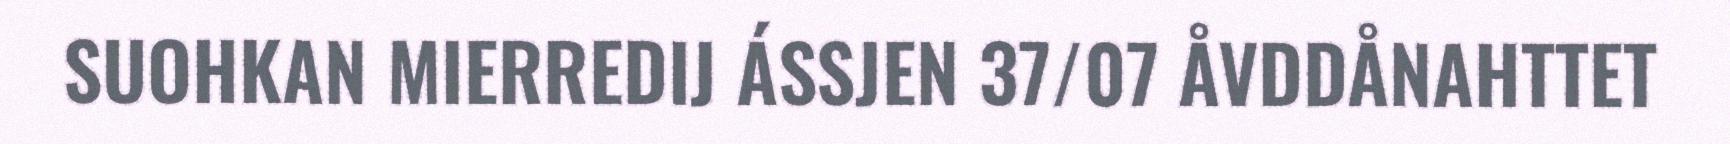
SUOHKAN MIERREDIJ ÁSSJEN 37/07 ÅVDDÅNAHTTET